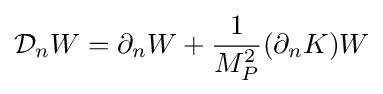
{\mathcal {D}}_{n}W=\partial _{n}W+{\frac {1}{M_{P}^{2}}}(\partial _{n}K)W